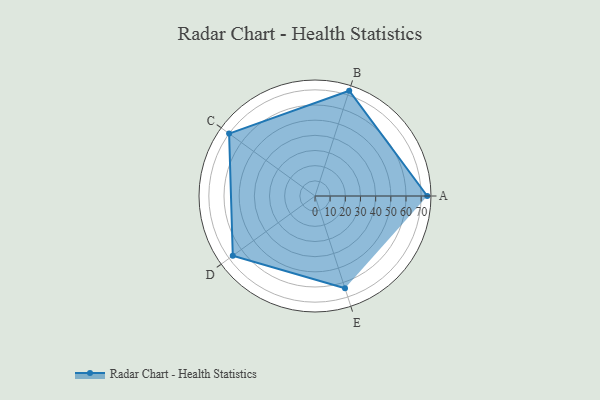
{"axis": {"x": "Skill", "y": "Score"}, "legend": ["Profile"], "data": [{"x": "A", "y": 74.0, "type": "Profile"}, {"x": "B", "y": 73.0, "type": "Profile"}, {"x": "C", "y": 70.0, "type": "Profile"}, {"x": "D", "y": 67.0, "type": "Profile"}, {"x": "E", "y": 64.0, "type": "Profile"}]}